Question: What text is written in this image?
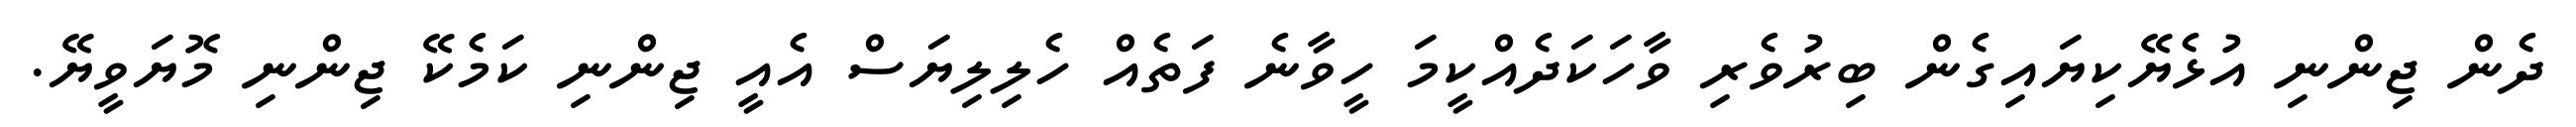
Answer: ދެން ޖިންނި އުޅެޔޭކިޔައިގެން ބިރުވެރި ވާހަކަދެއްކީމަ ހީވާނެ ފަތެއް ހެލިލިޔަސް އެއީ ޖިންނި ކަމެކޭ ޖިންނި މޮޔަވީޔޭ.